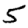
Digit: 5